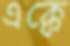
এক্কে